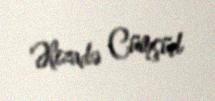
Əlizadə Cümşüd